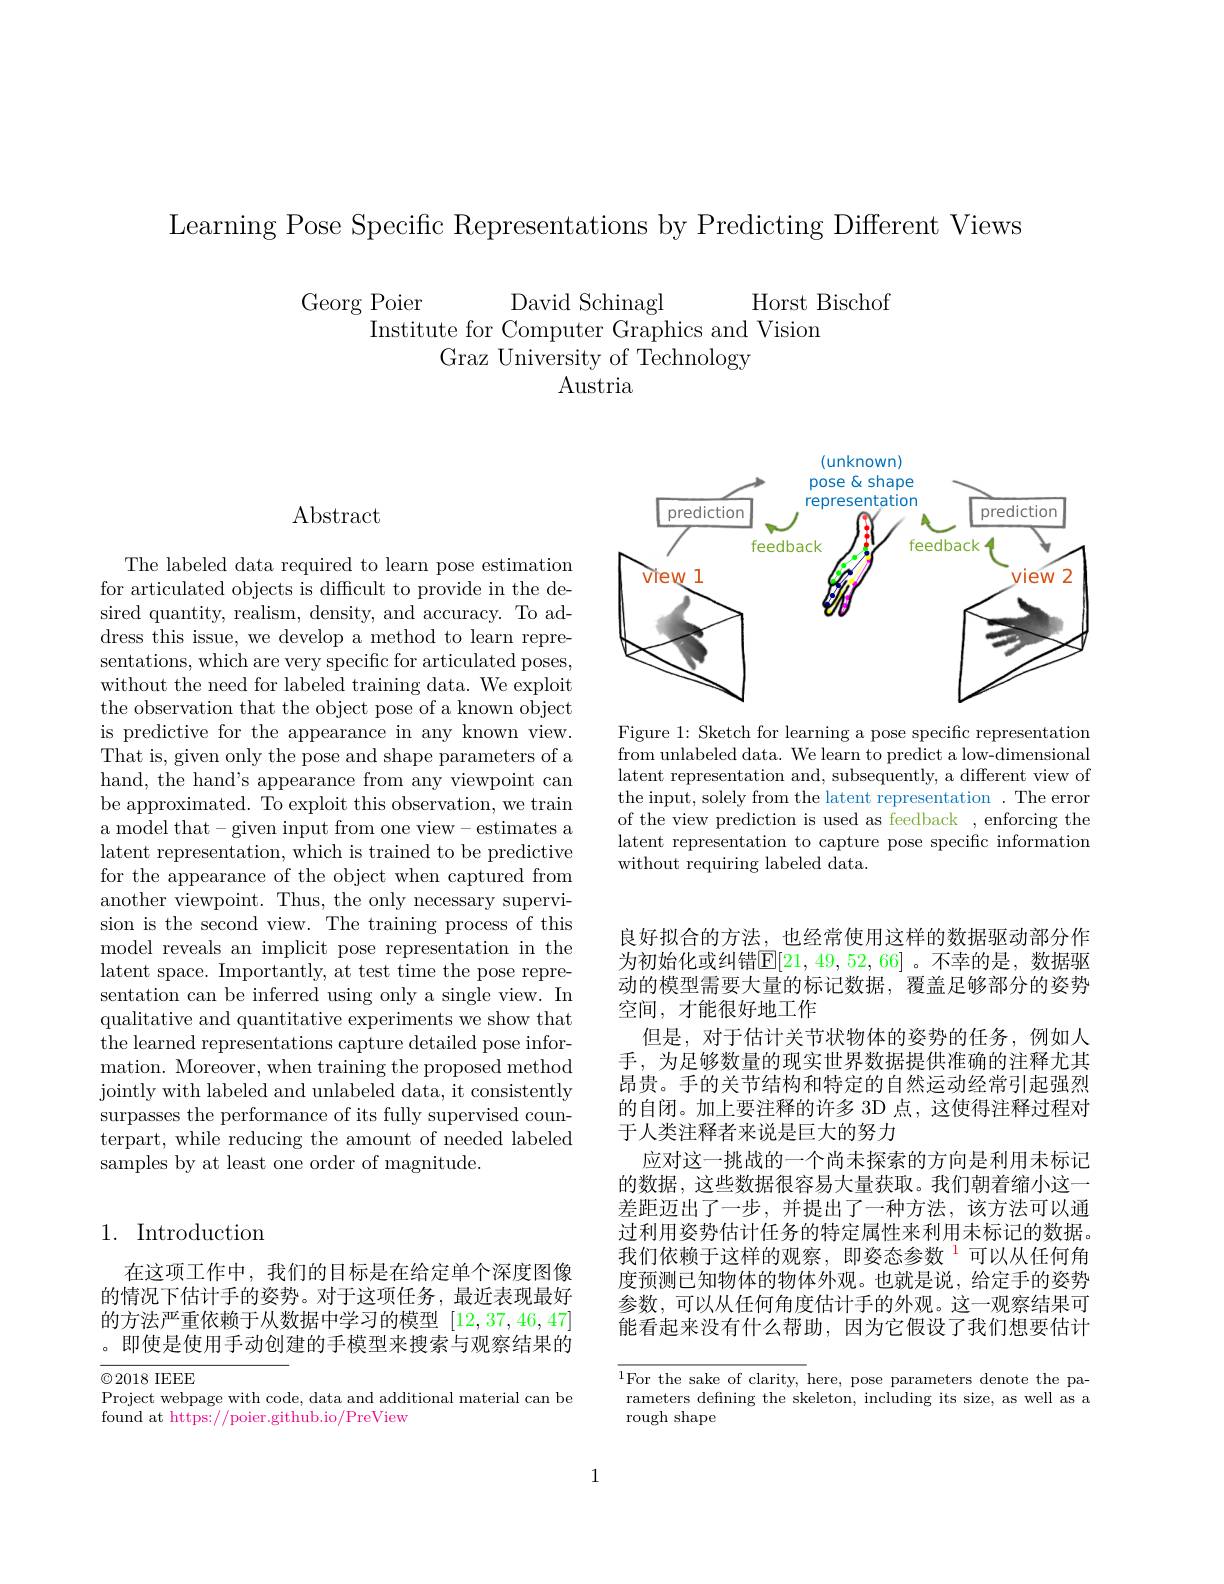
Learning Pose Specific Representations by Predicting Different Views

Horst Bischof
Georg Poier
David Schinagl
Institute for Computer Graphics and Vision
Graz University of Technology
Austria

<FigureHere>

Figure 1: Sketch for learning a pose specific representation from unlabeled data. We learn to predict a low-dimensional latent representation and, subsequently, a different view of the input, solely from the latent representation . The error of the view prediction is used as feedback , enforcing the latent representation to capture pose specific information without requiring labeled data.

## $\operatorname{Abstract}$

The labeled data required to learn pose estimation for articulated objects is difficult to provide in the desired quantity, realism, density, and accuracy. To address this issue, we develop a method to learn representations, which are very specific for articulated poses, without the need for labeled training data. We exploit the observation that the object pose of a known object is predictive for the appearance in any known view. That is, given only the pose and shape parameters of a hand, the hand's appearance from any viewpoint can be approximated. To exploit this observation, we train a model that- given input from one view- estimates a latent representation, which is trained to be predictive for the appearance of the object when captured from another viewpoint. Thus, the only necessary supervision is the second view. The training process of this model reveals an implicit pose representation in the latent space. Importantly, at test time the pose representation can be inferred using only a single view. In qualitative and quantitative experiments we show that the learned representations capture detailed pose information. Moreover, when training the proposed method jointly with labeled and unlabeled data, it consistently surpasses the performance of its fully supervised counterpart, while reducing the amount of needed labeled samples by at least one order of magnitude.

## 1. Introduction

在这项工作中，我们的目标是在给定单个深度图像的情况下估计手的姿势。对于这项任务，最近表现最好的方法严重依赖于从数据中学习的模型[12,37,46,47] 。即使是使用手动创建的手模型来搜索与观察结果的

$\textcircled{\mathrm{C}}2018$ IEEE
Project webpage with code, data and additional material can be
found at https://poier.github.io/PreView

良好拟合的方法，也经常使用这样的数据驱动部分作为初始化或纠错$\mathbb{E}[21,49,52,66]$。不幸的是，数据驱动的模型需要大量的标记数据，覆盖足够部分的姿势空间，才能很好地工作
但是，对于估计关节状物体的姿势的任务，例如人手，为足够数量的现实世界数据提供准确的注释尤其昂贵。手的关节结构和特定的自然运动经常引起强烈的自闭。加上要注释的许多 3D 点，这使得注释过程对于人类注释者来说是巨大的努力
应对这一挑战的一个尚未探索的方向是利用未标记的数据，这些数据很容易大量获取。我们朝着缩小这一差距迈出了一步，并提出了一种方法，该方法可以通过利用姿势估计任务的特定属性来利用未标记的数据。我们依赖于这样的观察，即姿态参数$^{1}$可以从任何角度预测已知物体的物体外观。也就是说，给定手的姿势参数，可以从任何角度估计手的外观。这一观察结果可能看起来没有什么帮助，因为它假设了我们想要估计

${\overline{^{1}\text{For the sake of clarity, }}}$here, pose parameters denote the parameters defining the skeleton, including its size, as well as a rough shape

1